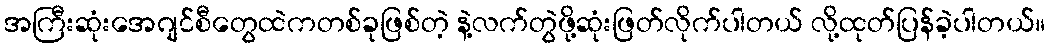
အကြီးဆုံးအေဂျင်စီတွေထဲကတစ်ခုဖြစ်တဲ့ နဲ့လက်တွဲဖို့ဆုံးဖြတ်လိုက်ပါတယ် လို့ထုတ်ပြန်ခဲ့ပါတယ်။